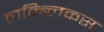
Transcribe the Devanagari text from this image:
लम्ब्लिकस